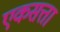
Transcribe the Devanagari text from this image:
एकसत्ता